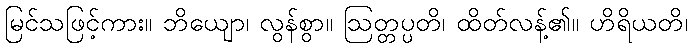
မြင်သဖြင့်ကား။ ဘိယျော၊ လွန်စွာ။ ဩတ္တပ္ပတိ၊ ထိတ်လန့်၏။ ဟိရိယတိ၊